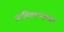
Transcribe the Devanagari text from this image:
आदिताऱ्याच्या